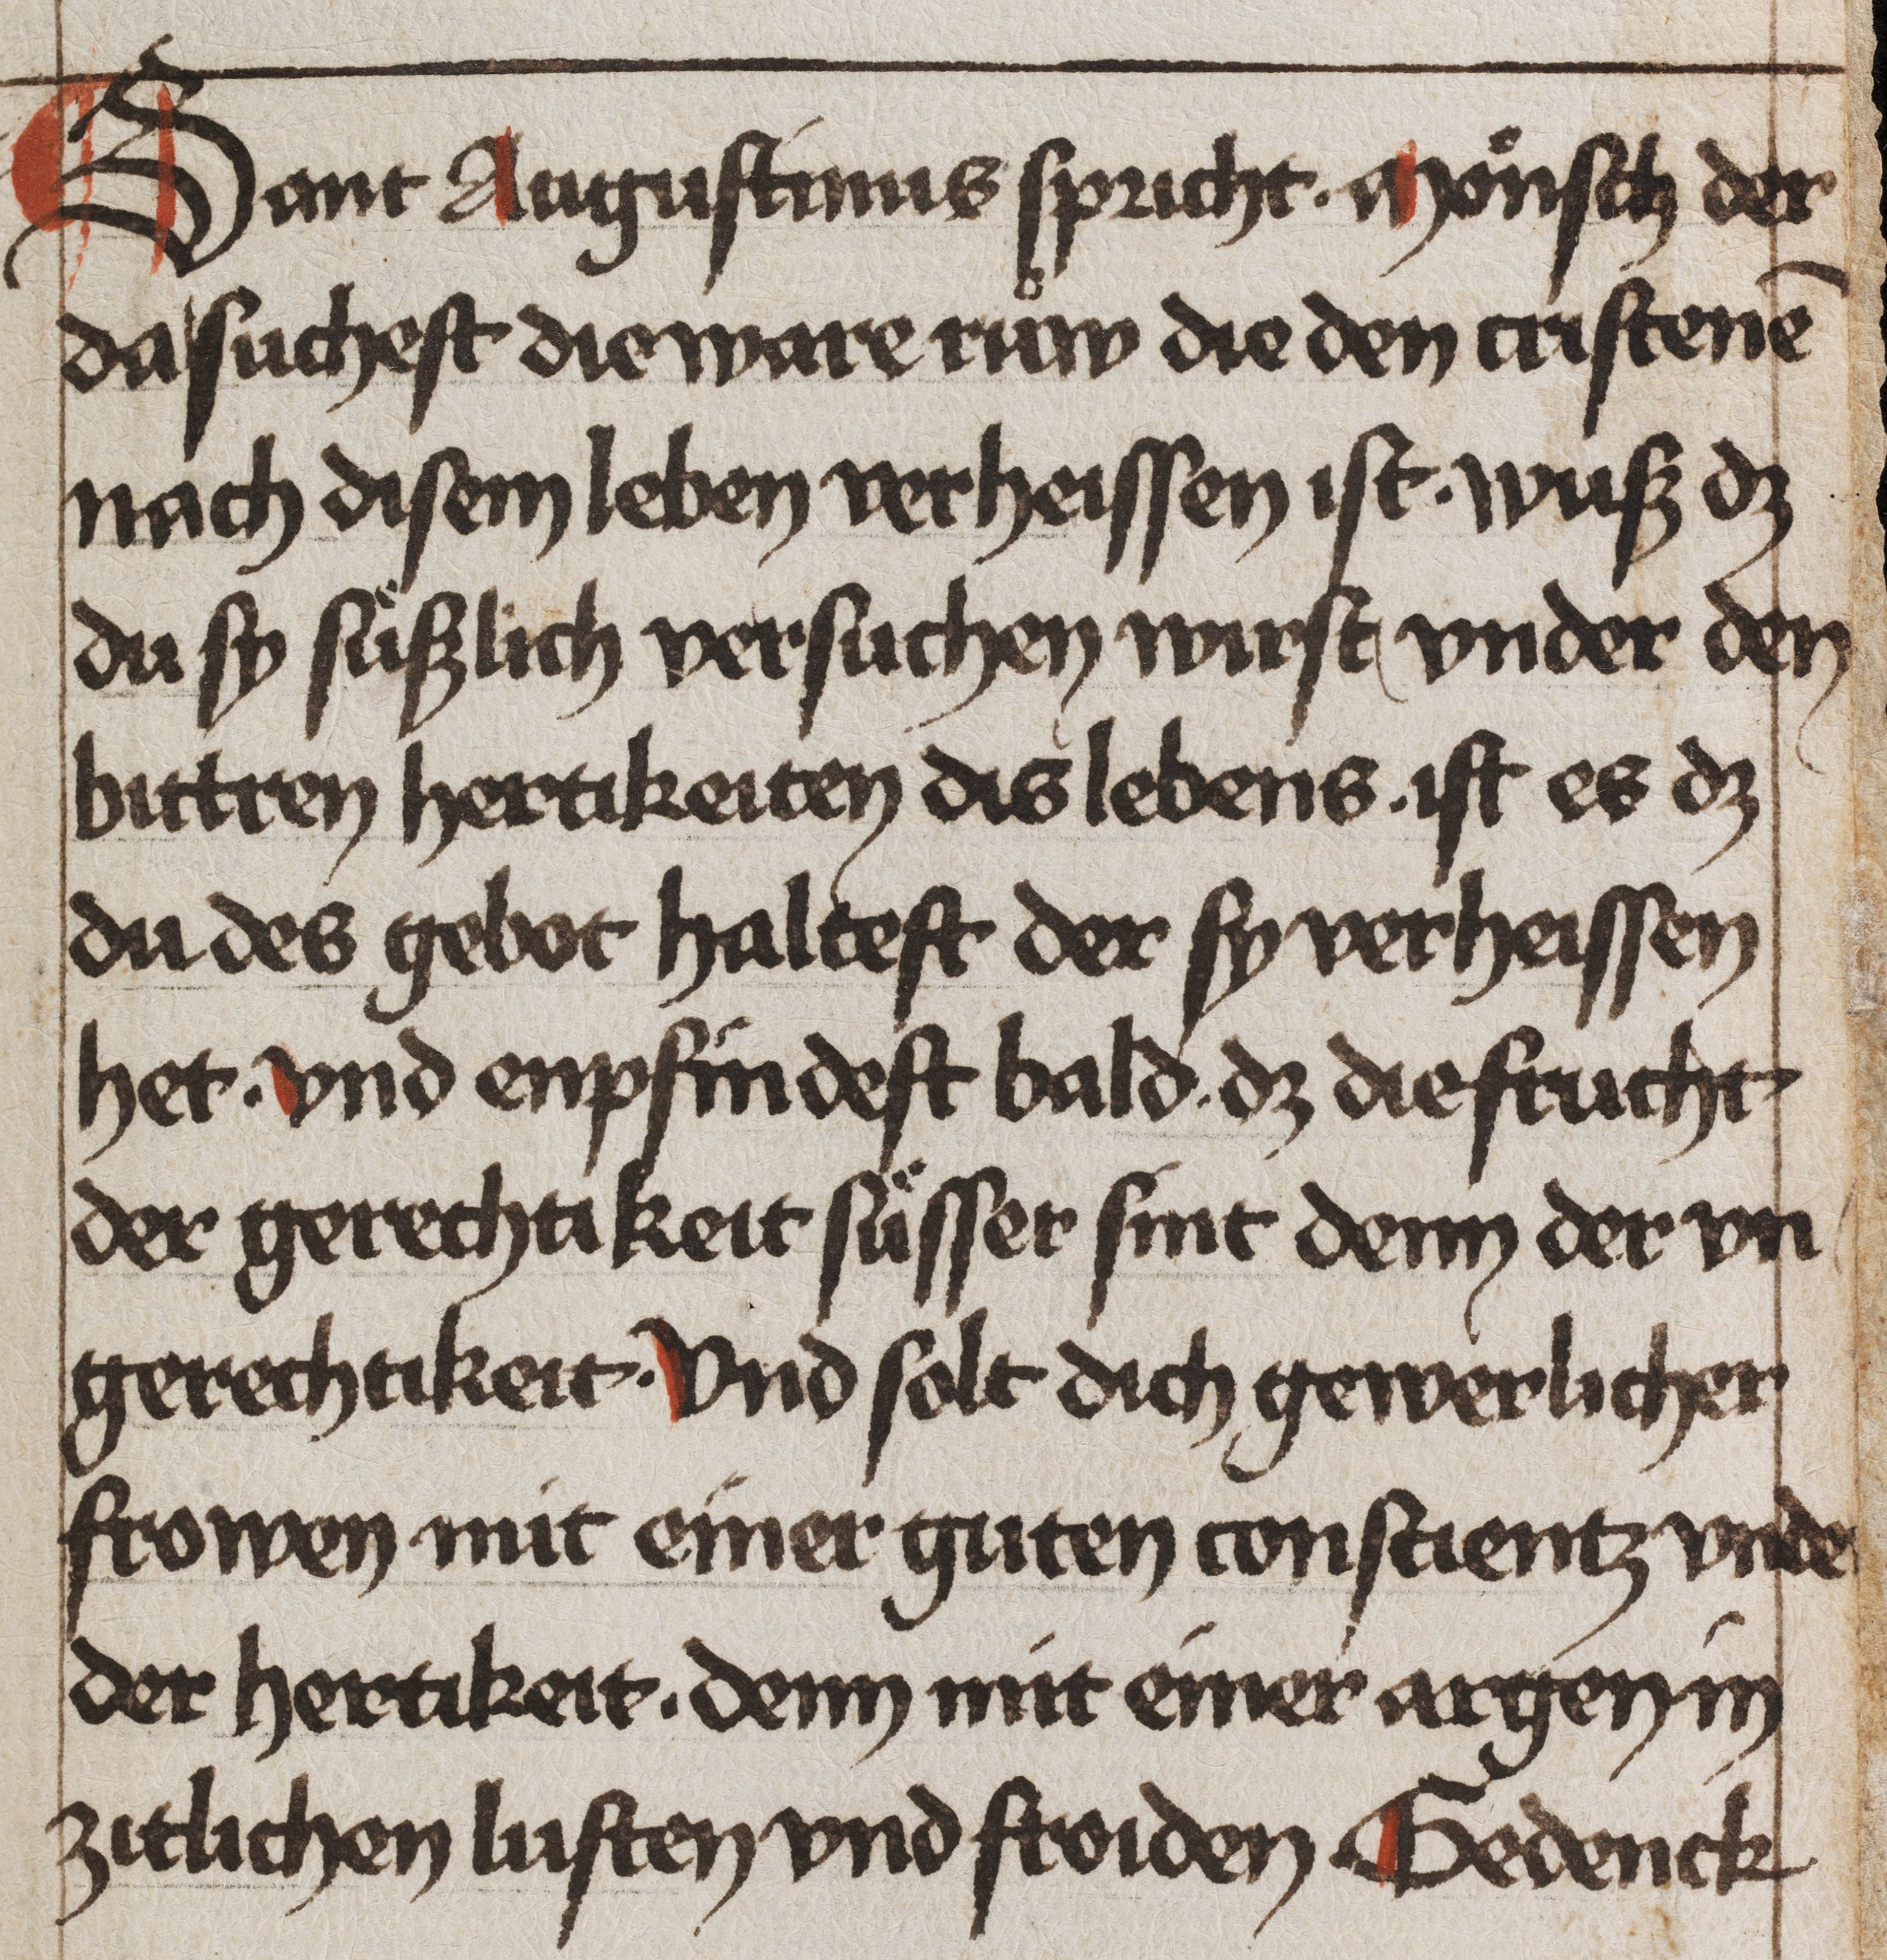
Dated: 1475–1499